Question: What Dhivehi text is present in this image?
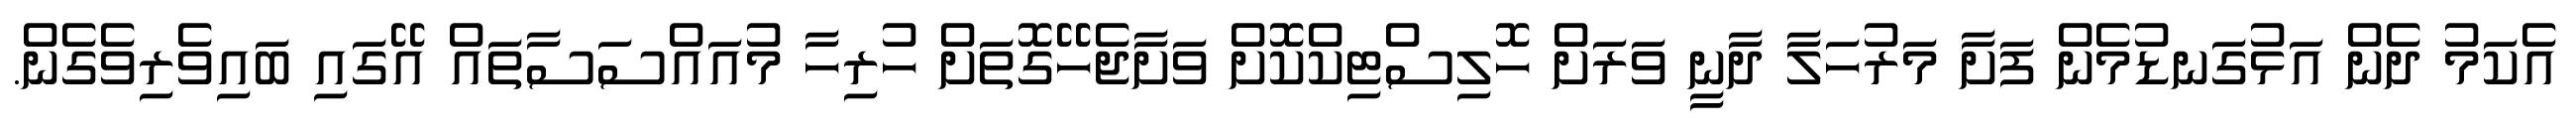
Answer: އެކަމު ދެން އަޅުގަނޑުމެން ފަށާ މަރުހަލާ ދާނީ ވަރަށް ހޮލިސްޓިކްކޮށް ވަށާޖެހޭގޮތަށް ހުރިހާ މުއައްސަސާތައް އޭގައި ބައިވެރިވެގެން.